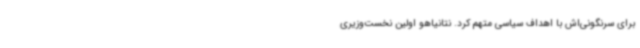
برای سرنگونی‌اش با اهداف سیاسی متهم کرد. نتانیاهو اولین نخست‌وزیری